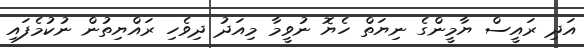
އަދި ރައީސް ޔާމީންގެ ނިޔަތް ހެޔޮ ނުވީމާ މިއަދު ދިވެހި ރައްޔިތުން ނުކުމެފައި